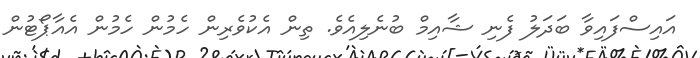
އައިސްފައިވާ ބަދަލު ފެނި ޝާއިމް ބުނެލިއެވެ. ތިން އެކުވެރިން ހެމުން ހެމުން އެއާޕޯޓުން